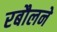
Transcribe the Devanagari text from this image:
रबौलने